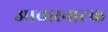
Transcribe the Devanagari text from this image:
आचारनाटक